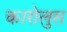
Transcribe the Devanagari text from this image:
कारोलुस